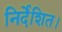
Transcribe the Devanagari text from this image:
निर्देशित।